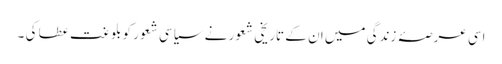
اسی عرصۂ زندگی میں ان کے تاریخی شعور نے سیاسی شعور کو بلوغت عطا کی ۔